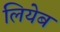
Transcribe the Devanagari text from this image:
लियेब